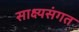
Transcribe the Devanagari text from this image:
साक्ष्यसंगत